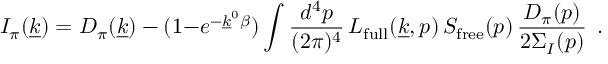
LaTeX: I _ { \pi } ( \underline { { { k } } } ) = D _ { \pi } ( \underline { { { k } } } ) - ( 1 { - } e ^ { - \underline { { { k } } } ^ { 0 } \beta } ) \int { \frac { d ^ { 4 } p } { ( 2 \pi ) ^ { 4 } } } \, L _ { \mathrm { f u l l } } ( \underline { { { k } } } , p ) \, S _ { \mathrm { f r e e } } ( p ) \, { \frac { D _ { \pi } ( p ) } { 2 \Sigma _ { I } ( p ) } } \, \; .